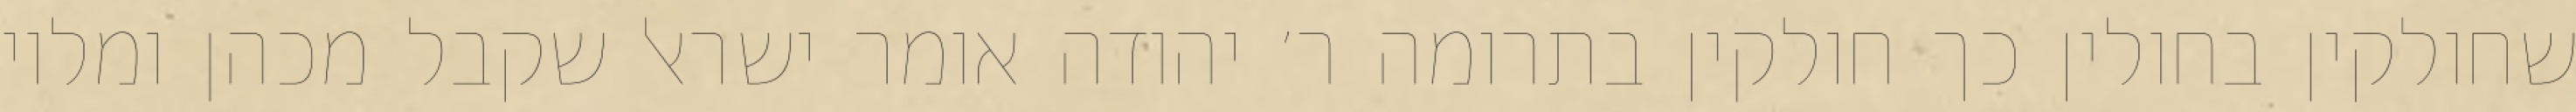
שחולקין בחולין כך חולקין בתרומה ר׳ יהודה אומר ישראל שקבל מכהן ומלוי